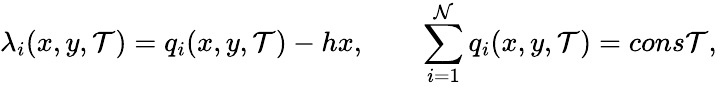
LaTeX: \lambda_{i}(x,y,\mathcal{T})=q_{i}(x,y,\mathcal{T})-hx,\qquad\sum_{i=1}^{\mathcal{N}}q_{i}(x,y,\mathcal{T})=cons\mathcal{T},